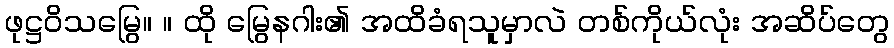
ဖုဋ္ဌဝိသမြွေ။ ။ ထို မြွေနဂါး၏ အထိခံရသူမှာလဲ တစ်ကိုယ်လုံး အဆိပ်တွေ